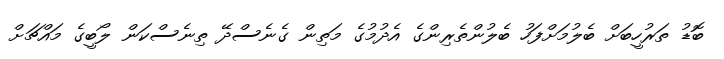
ބޮޑު ތަރުހީބަށް ބެލުމަށްފަހު ބެލުންތެރިންގެ އެދުމުގެ މަތިން ގެނެސްދޭ ތިނެސްކަން ލޯބީގެ މައްޗަށް